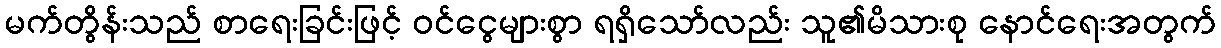
မက်တွိန်းသည် စာရေးခြင်းဖြင့် ဝင်ငွေများစွာ ရရှိသော်လည်း သူ၏မိသားစု နောင်ရေးအတွက်